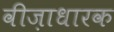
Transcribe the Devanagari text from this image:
वीज़ाधारक